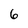
Character: 6